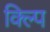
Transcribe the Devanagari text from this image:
क्ल्पि